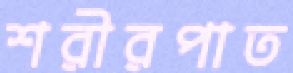
শরীরপাত